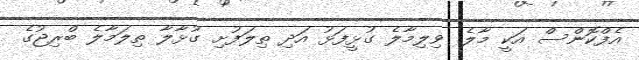
އެފްކޮންސް އަކީ މާލެ